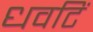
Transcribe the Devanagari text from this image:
धवटिं